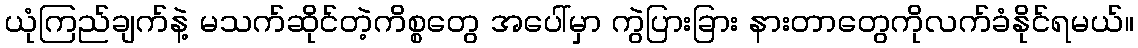
ယုံကြည်ချက်နဲ့ မသက်ဆိုင်တဲ့ကိစ္စတွေ အပေါ်မှာ ကွဲပြားခြား နားတာတွေကိုလက်ခံနိုင်ရမယ်။